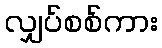
လျှပ်စစ်ကား